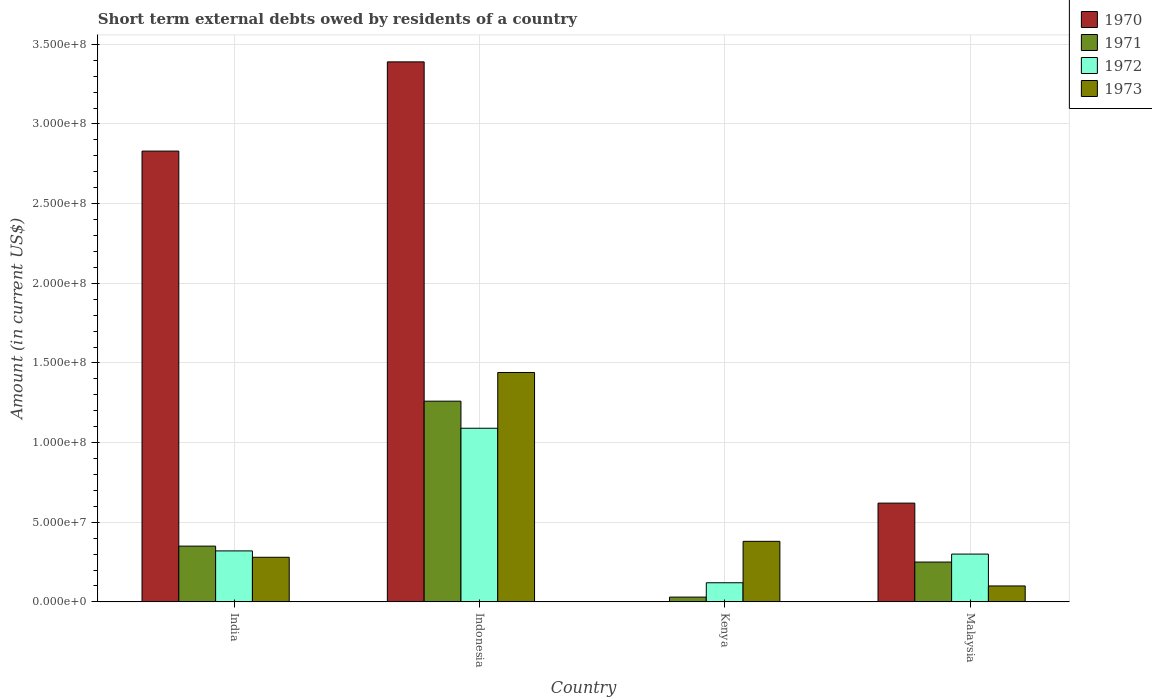
| Country | 1970 | 1971 | 1972 | 1973 |
 | --- | --- | --- | --- | --- |
 | India | 2.83e+08 | 3.5e+07 | 3.2e+07 | 2.8e+07 |
 | Indonesia | 3.39e+08 | 1.26e+08 | 1.09e+08 | 1.44e+08 |
 | Kenya | -2.25e+08 | 3e+06 | 1.2e+07 | 3.8e+07 |
 | Malaysia | 6.2e+07 | 2.5e+07 | 3e+07 | 1e+07 |